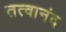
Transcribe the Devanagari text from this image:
तत्वानंद